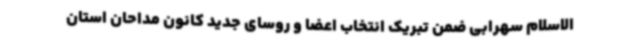
الاسلام سهرابی ضمن تبریک انتخاب اعضا و روسای جدید کانون مداحان استان